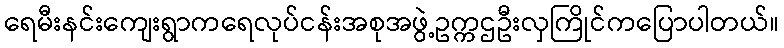
ရေမီးနင်းကျေးရွာကရေလုပ်ငန်းအစုအဖွဲ့ဥက္ကဌဦးလှကြိုင်ကပြောပါတယ်။